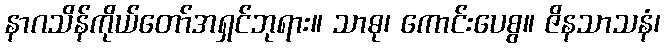
နာဂသိန်ကိုယ်တော်အရှင်ဘုရား။ သာဓု၊ ကောင်းပေစွ။ ဇိနသာသနံ၊